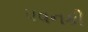
પવનકી